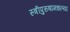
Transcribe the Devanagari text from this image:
स्त्रीपुरुषांमधल्या